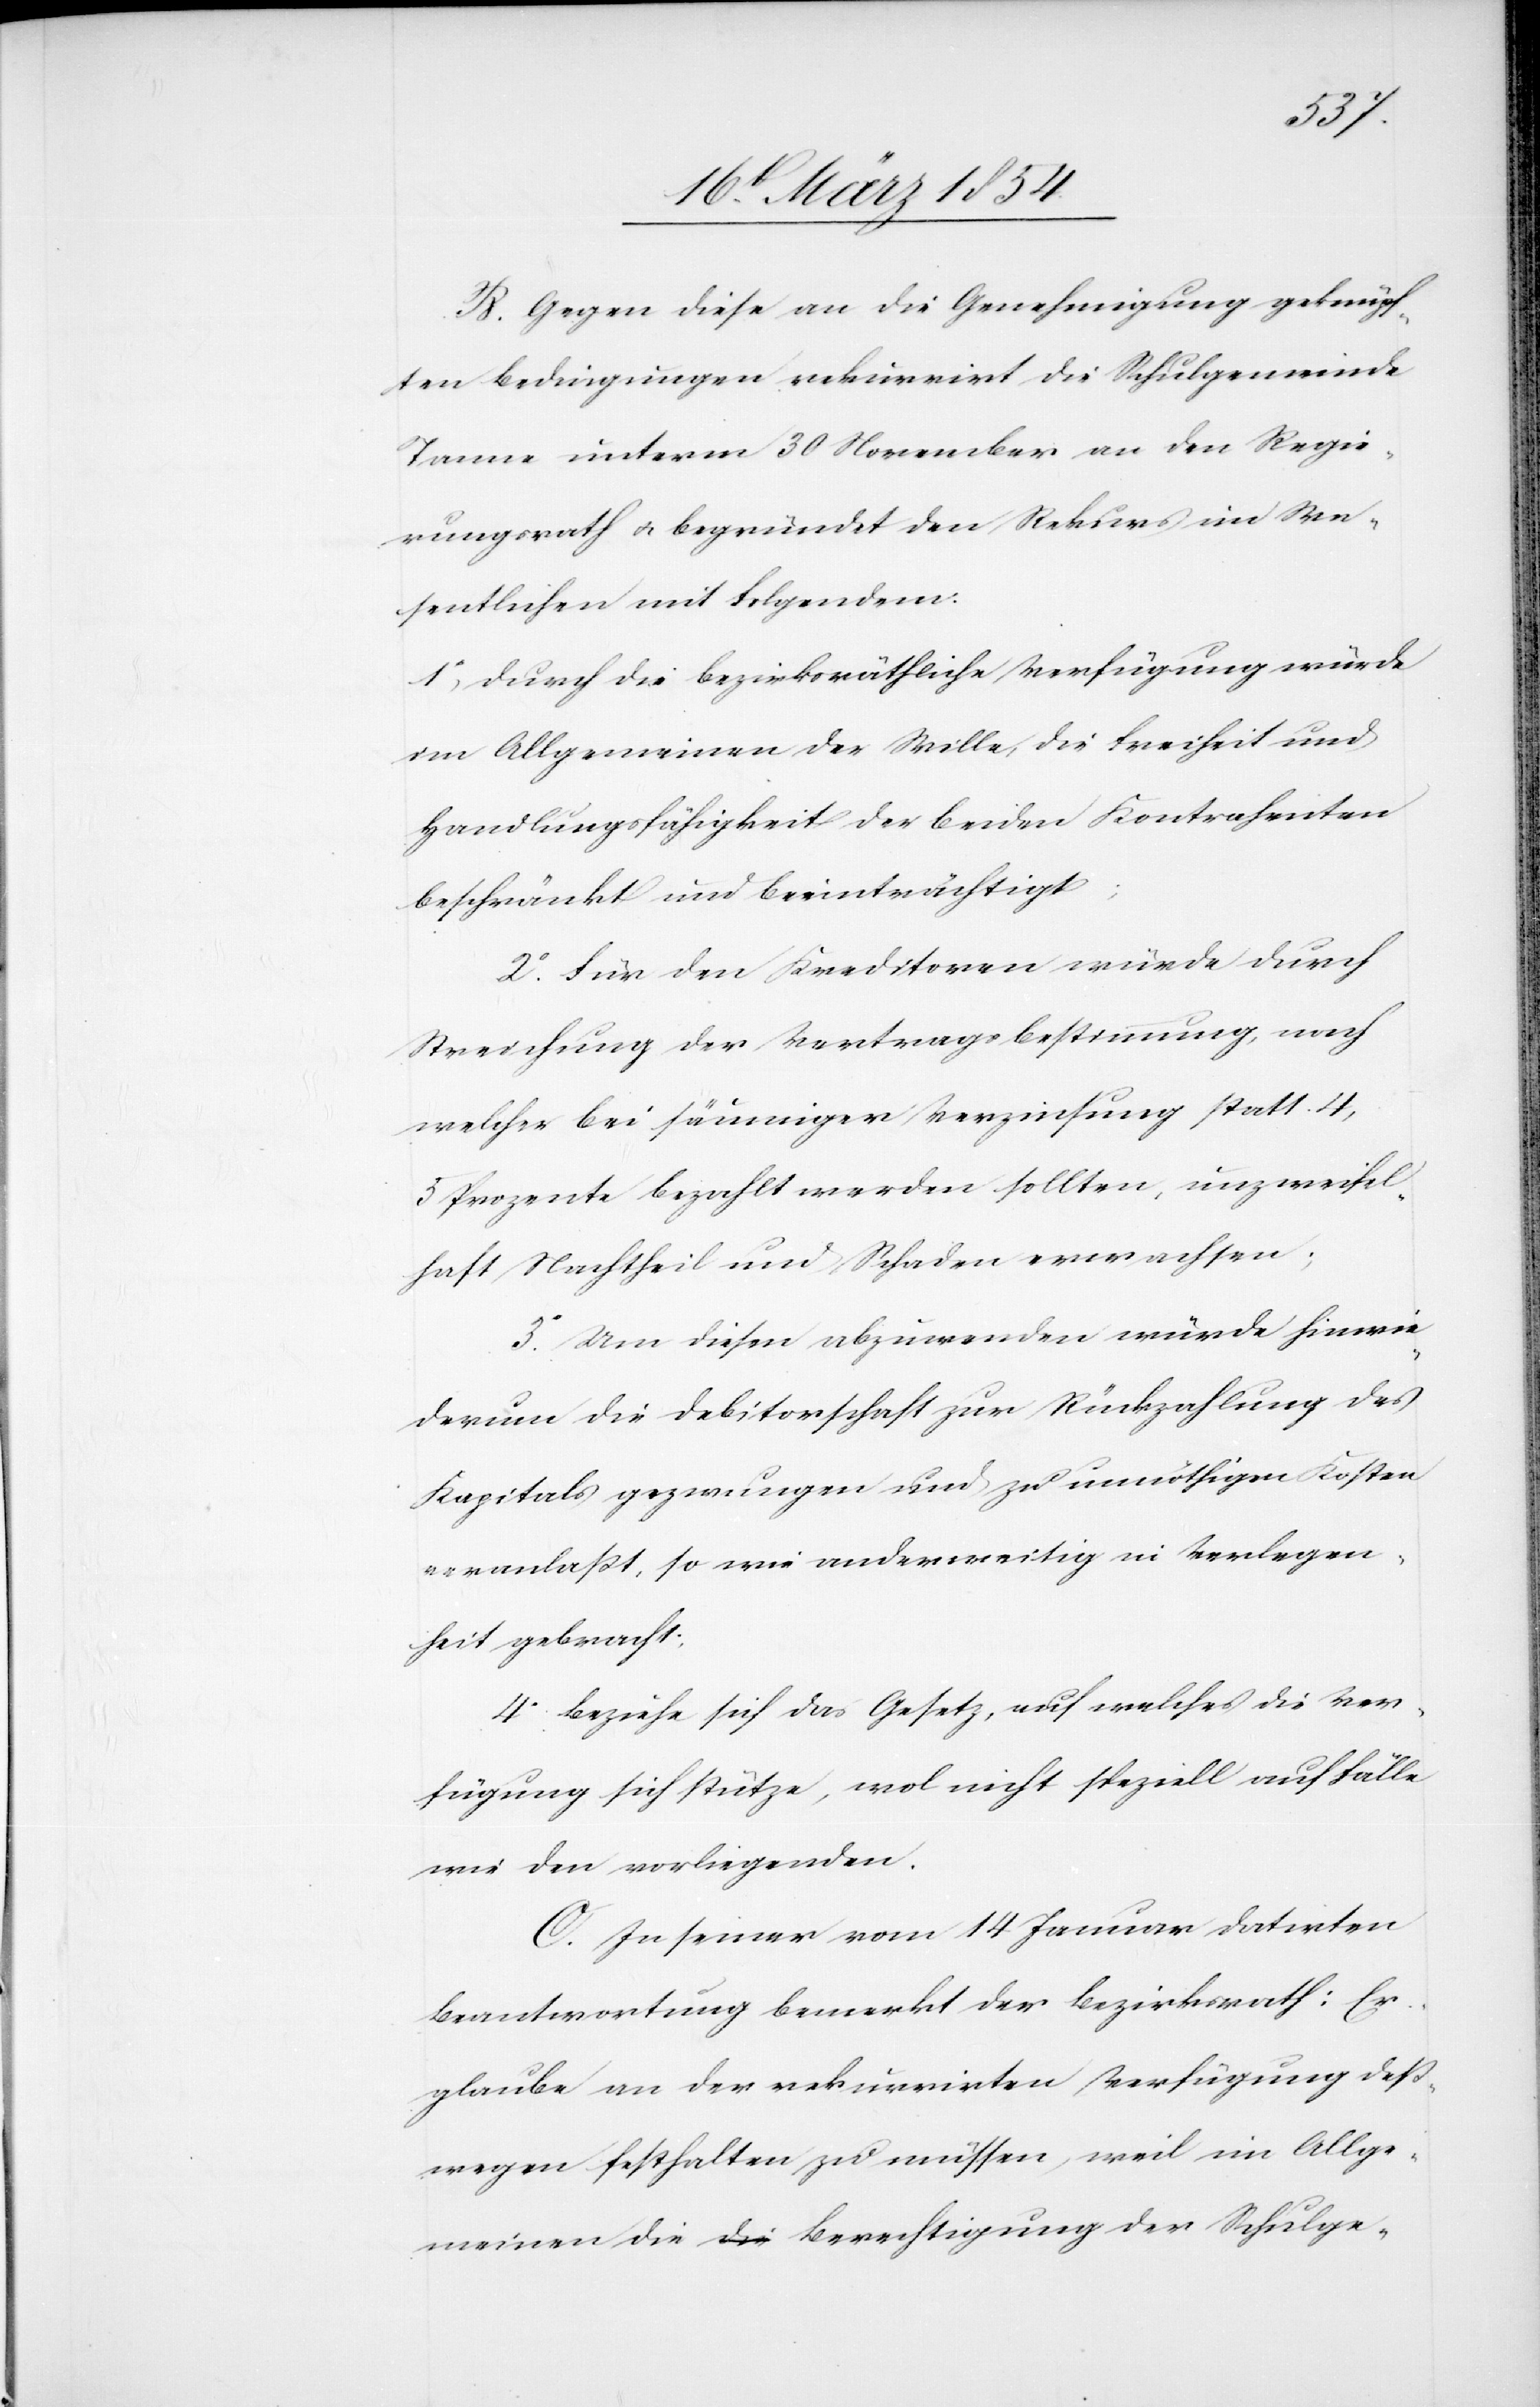
B. Gegen diese an die Genehmigung geknüpf¬
ten Bedingungen rekurrirt die Schulgemeinde
Tanne unterm 30 November an den Regie¬
rungsrath u. begründet den Rekurs im We¬
sentlichen mit Folgendem:
1o Durch die bezirksräthliche Verfügung würde
im Allgemeinen der Wille, die Freiheit und
Handlungsfähigkeit der beiden Kontrahenten
beschränkt und beeinträchtigt;
2o Für den Kreditoren würde durch
Streichung der Vertragsbestimmung, nach
welchem bei säumiger Verzinsung statt 4,
5 Prozente bezahlt werden sollten, unzweifel¬
haft Nachtheil und Schaden erwachsen;
3o Um diesen abzuwenden würde hinwie¬
derum die Debitorschaft zur Rückzahlung des
Kapitals gezwungen und zu unnöthigen Kosten
veranlaßt, so wie anderweitig in Verlegen¬
heit gebracht;
4o Beziehe sich das Gesetz, auf welche die Ver¬
fügung sich stütze, wol nicht speziell auf Fälle
wie den vorliegenden.
C. In seiner vom 14 Januar datirten
Beantwortung bemerkt der Bezirksrath: Er
glaube an der rekurrirten Verfügung deß¬
wegen festhalten zu müssen, weil im Allge¬
meinen die Berechtigung der Schulge-